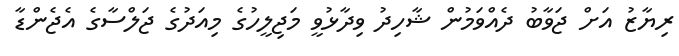
ރިޔާޒު އަށް ޖަވާބު ދެއްވަމުން ޝާހިދު ވިދާޅުވީ މަޖިލީހުގެ މިއަދުގެ ޖަލްސާގެ އެޖެންޑާ